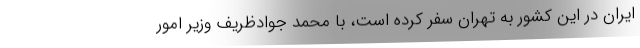
ایران در این کشور به تهران سفر کرده است، با محمد جوادظریف وزیر امور